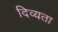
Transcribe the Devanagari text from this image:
दिव्‍यता